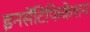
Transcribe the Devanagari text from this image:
इनसेंटिफिकेशन